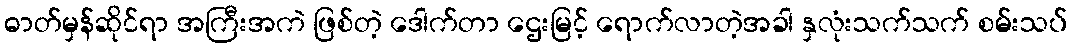
ဓာတ်မှန်ဆိုင်ရာ အကြီးအကဲ ဖြစ်တဲ့ ဒေါက်တာ ဌေးမြင့် ရောက်လာတဲ့အခါ နှလုံးသက်သက် စမ်းသပ်